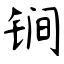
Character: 锏